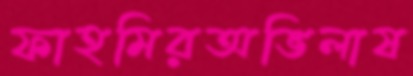
ফাহমিরঅভিলাষ